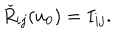
LaTeX: \check { R } _ { i j } ( u _ { 0 } ) = I _ { i j } .